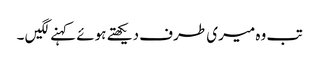
تب وہ میری طرف دیکھتے ہوئے کہنے لگیں ۔